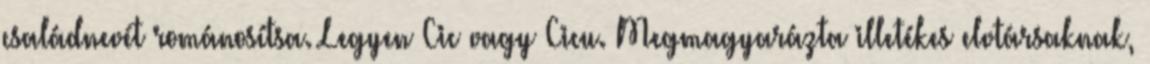
családnevét románosítsa. Legyen Cic vagy Cicu. Megmagyarázta illetékes elvtársaknak,